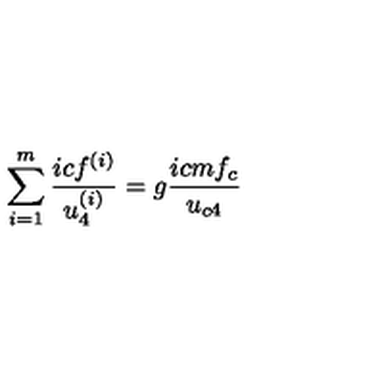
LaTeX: \sum _ { i = 1 } ^ { m } \frac { i c f ^ { ( i ) } } { u _ { 4 } ^ { ( i ) } } = g \frac { i c m f _ { c } } { u _ { c 4 } }